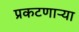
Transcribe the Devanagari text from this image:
प्रकटणाऱ्या